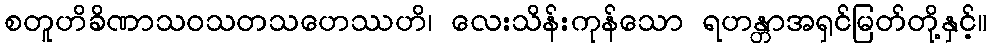
စတူဟိခိဏာသဝသတသဟေဿဟိ၊ လေးသိန်းကုန်သော ရဟန္တာအရှင်မြတ်တို့နှင့်။